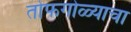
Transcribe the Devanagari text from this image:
तोफगोळ्याचा